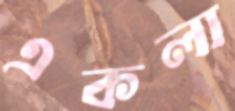
একলা